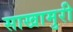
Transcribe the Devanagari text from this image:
साखामुरी